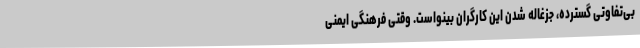
بی‌تفاوتیِ گسترده، جزغاله شدن این کارگران بینواست. وقتی فرهنگی ایمنی